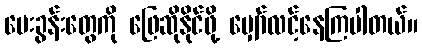
မေးခွန်းတွေကို ဖြေဆိုနိုင်ဖို့ မျှော်လင့်နေကြပါတယ်။